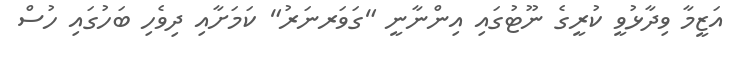
އަޒީމާ ވިދާޅުވީ ކުރީގެ ނޫޓުގައި އިންނާނީ "ގަވަރނަރު" ކަމަށާއި ދިވެހި ބަހުގައި ހުސް